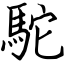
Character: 駝